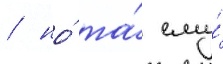
/ но́ та́ ему́